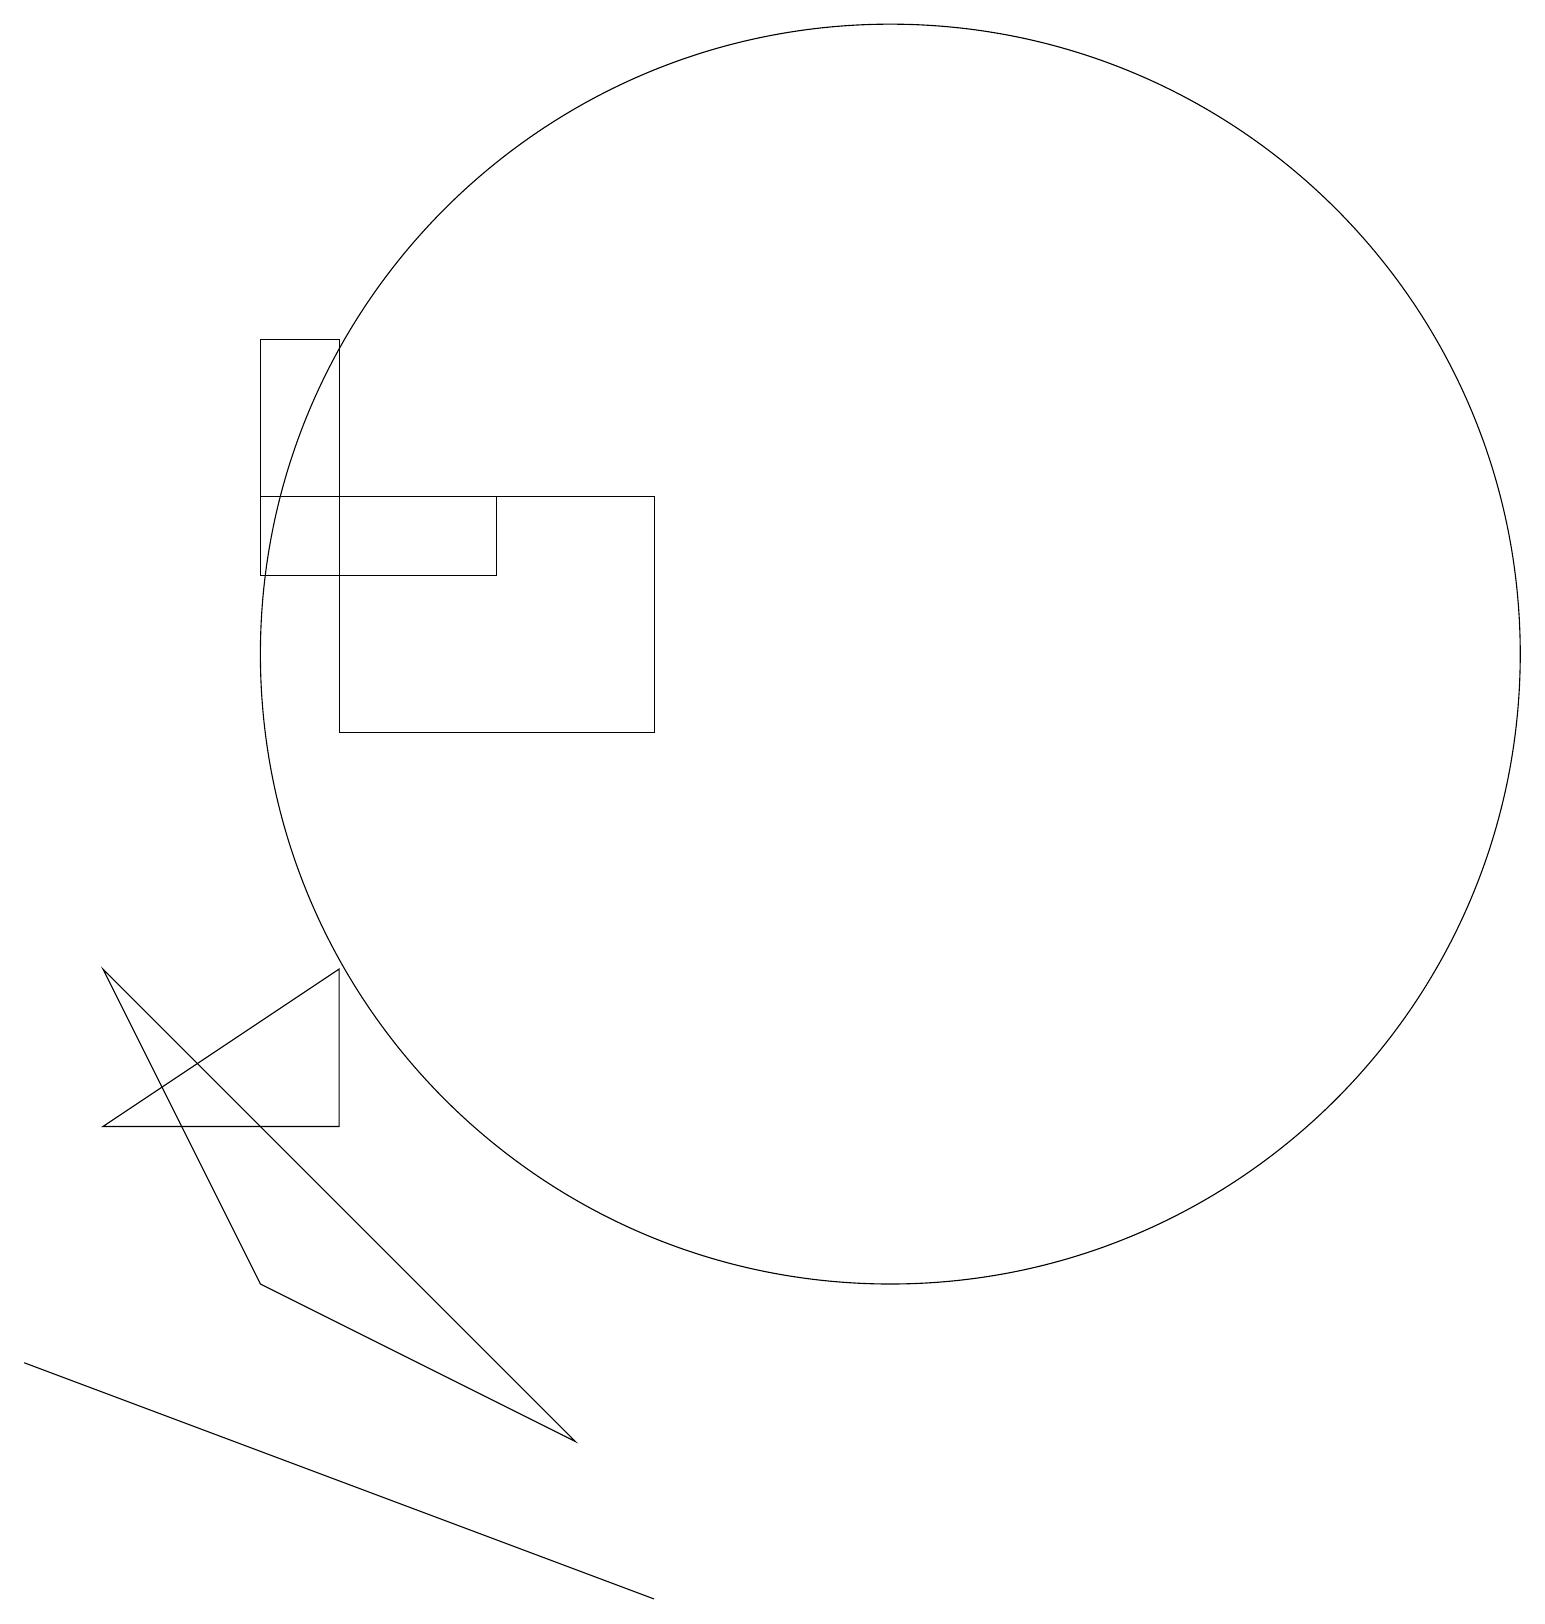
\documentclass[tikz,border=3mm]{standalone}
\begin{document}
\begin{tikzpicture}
\draw (3,16) rectangle (4,14);
\draw (4,8) -- (4,6) -- (1,6) -- cycle;
\draw (11,12) circle (8);
\draw (3,14) rectangle (6,13);
\draw (8,14) rectangle (4,11);
\draw (0,3) -- (8,0) -- (8,0) -- cycle;
\draw (3,4) -- (7,2) -- (1,8) -- cycle;
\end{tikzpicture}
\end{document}